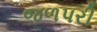
જળપરી